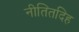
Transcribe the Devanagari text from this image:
नीतितदिह